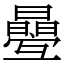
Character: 㬪